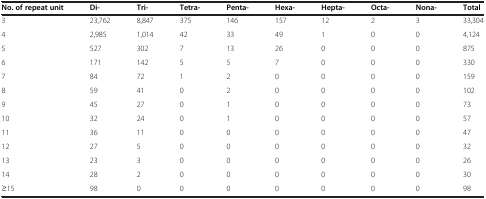
| No. of repeat unit | Di- | Tri- | Tetra- | Penta- | Hexa- | Hepta- | Octa- | Nona- | Total |
 | --- | --- | --- | --- | --- | --- | --- | --- | --- | --- |
 | 3 | 23,762 | 8,847 | 375 | 146 | 157 | 12 | 2 | 3 | 33,304 |
 | 4 | 2,985 | 1,014 | 42 | 33 | 49 | 1 | 0 | 0 | 4,124 |
 | 5 | 527 | 302 | 7 | 13 | 26 | 0 | 0 | 0 | 875 |
 | 6 | 171 | 142 | 5 | 5 | 7 | 0 | 0 | 0 | 330 |
 | 7 | 84 | 72 | 1 | 2 | 0 | 0 | 0 | 0 | 159 |
 | 8 | 59 | 41 | 0 | 2 | 0 | 0 | 0 | 0 | 102 |
 | 9 | 45 | 27 | 0 | 1 | 0 | 0 | 0 | 0 | 73 |
 | 10 | 32 | 24 | 0 | 1 | 0 | 0 | 0 | 0 | 57 |
 | 11 | 36 | 11 | 0 | 0 | 0 | 0 | 0 | 0 | 47 |
 | 12 | 27 | 5 | 0 | 0 | 0 | 0 | 0 | 0 | 32 |
 | 13 | 23 | 3 | 0 | 0 | 0 | 0 | 0 | 0 | 26 |
 | 14 | 28 | 2 | 0 | 0 | 0 | 0 | 0 | 0 | 30 |
 | ≥15 | 98 | 0 | 0 | 0 | 0 | 0 | 0 | 0 | 98 |